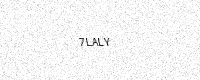
Text: 7LALY